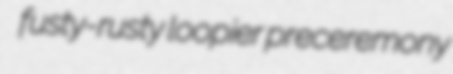
fusty-rusty loopier preceremony